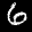
Label: 6